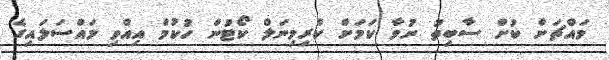
މައްޗަށް ކުށް ސާބިތު ނުވާ ކަމަށް ކްރިމިނަލް ކޯޓުން ހުކުމް އިއްވި މައްސަލައިގެ